Report on sanitation, dispensaries, and jails in Rajputana for 1921, and on vaccination for the year 1921-1922 - 1921-1922
Year: 1921
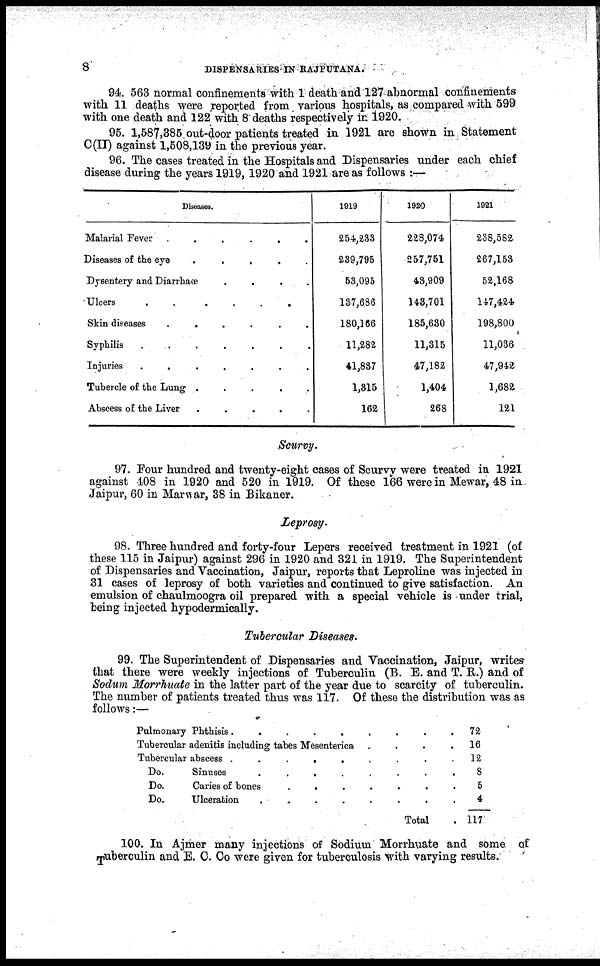
8
DISPENSARIES IN RAJPUTANA.
94. 563 normal confinements with 1 death and 127 abnormal confinements
with 11 deaths were reported from various hospitals, as compared with 599
with one death and 122 with 8 deaths respectively in 1920.
95. 1,587,385 out-door patients treated in 1921 are shown in Statement
C(II) against 1,508,139 in the previous year.
96. The cases treated in the Hospitals and Dispensaries under each chief
disease during the years 1919, 1920 and 1921 are as follows :—
Diseases.
Malarial
Fever......
Diseases of the
eye.....
Dysentery and Diarrhaœ....
Ulcers......
Skin diseases......
Syphilis .......
Injuries.......
Tubercle of the Lung.....
Abscess of the
Liver.....
1919
254,233
239,795
53,095
137,686
180,166
11,282
41,837
1,315
162
1920
228,074
257,751
43,909
143,701
185,630
11,315
47,182
1,404
268
1921
238,582
267,153
52,168
147,424
198,800
11,036
47,942
1,682
121
Scurvy.
97. Four hundred and twenty-eight cases of Scurvy were treated in 1921
against 408 in 1920 and 520 in 1919. Of these 166 were in Mewar, 48 in.
Jaipur, 60 in Marwar, 38 in Bikaner.
Leprosy.
98. Three hundred and forty-four Lepers received treatment in 1921 (of
these 115 in Jaipur) against 296 in 1920 and 321 in 1919. The Superintendent
of Dispensaries and Vaccination, Jaipur, reports that Leproline was injected in
31 cases of leprosy of both varieties and continued to give satisfaction. An
emulsion of chaulmoogra oil prepared with a special vehicle is under trial,
being injected hypodermically.
Tubercular Diseases.
99. The Superintendent of Dispensaries and Vaccination, Jaipur, writes
that there were weekly injections of Tuberculin (B. E. and T. R.) and of
Sodum Morrhuate in the latter part of the year due to scarcity of tuberculin.
The number of patients treated thus was 117. Of these the distribution was as
follows:—
Pulmonary Phthisis.........
Tubercular adenitis including tabes Mesenterica....
Tubercular
abscess.........
Do.
Sinuses........
Do.
Caries of
bones.......
Do.
Ulceration........
Total.
72
16
12
8
5
4
117
100. In Ajmer many injections of Sodium Morrhuate and some of
Tuberculin and E. C. Co were given for tuberculosis with varying results.